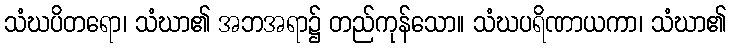
သံဃပိတရော၊ သံဃာ၏ အဘအရာ၌ တည်ကုန်သော။ သံဃပရိဏာယကာ၊ သံဃာ၏